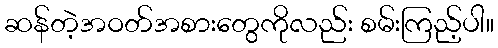
ဆန်တဲ့အဝတ်အစားတွေကိုလည်း စမ်းကြည့်ပါ။